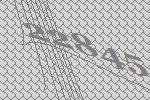
22845